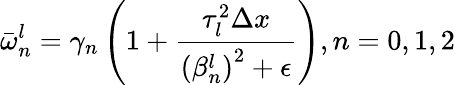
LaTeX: \bar{\omega}_{n}^{l}=\gamma_{n}\left(1+\frac{\tau_{l}^{2}\Delta x}{\left(\beta_{n}^{l}\right)^{2}+\epsilon}\right),n=0,1,2